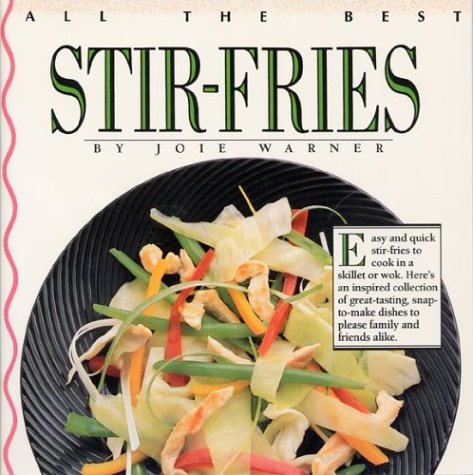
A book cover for All the Best Stir-Fries; Joie Warner; Cookbooks, Food & Wine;